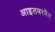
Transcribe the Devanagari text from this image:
आइलबरमैन